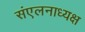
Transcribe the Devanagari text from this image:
संएलनाध्यक्ष